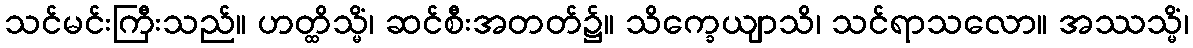
သင်မင်းကြီးသည်။ ဟတ္ထိသ္မိံ၊ ဆင်စီးအတတ်၌။ သိက္ခေယျာသိ၊ သင်ရာသလော။ အဿသ္မိံ၊